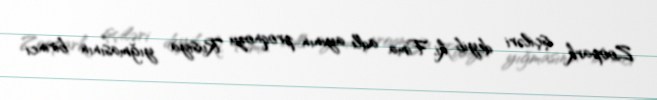
Zoopark işçiləri deyib ki, Fima adlı ayının proqnozu Rusiya yığmasının birinci